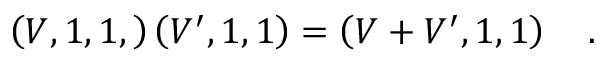
\left( V , 1 , 1 , \right) \left( V ^ { \prime } , 1 , 1 \right) = \left( V + V ^ { \prime } , 1 , 1 \right) \quad .